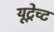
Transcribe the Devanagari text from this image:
यूट्रेच्ट